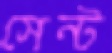
সেন্ট